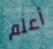
أعلم